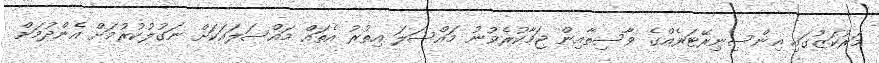
މަރުކަޒުގައި އިންސިނިރޭޓަރެއްގެ ވާސިތާއިން ޖަމާކުރެވުނު މައްސަލަ އިތުރު އެތައް މައްސަލައަކަށް ނަގުލުކުރުމަށް އެންދުމަށް